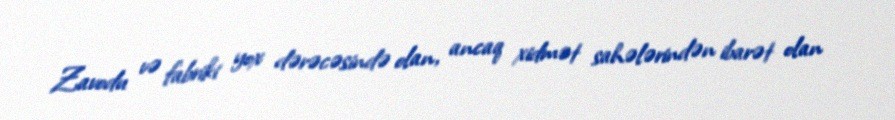
Zavodu və fabriki yox dərəcəsində olan, ancaq xidmət sahələrindən ibarət olan